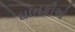
ઘાતકીઓ